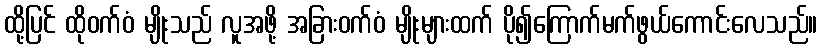
ထို့ပြင် ထိုဝက်ဝံ မျိုးသည် လူအဖို့ အခြားဝက်ဝံ မျိုးများထက် ပို၍ကြောက်မက်ဖွယ်ကောင်းလေသည်။